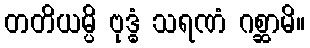
တတိယမ္ပိ ဗုဒ္ဓံ သရဏံ ဂစ္ဆာမိ။